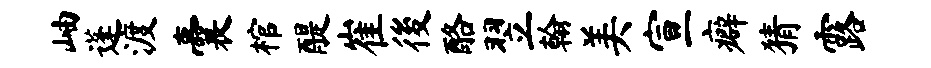
岫蓬渡囊棺醍崔後酪翌翰美宣癖猜露